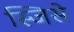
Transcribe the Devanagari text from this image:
स्जिसे